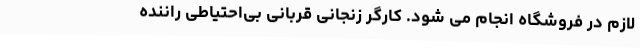
لازم در فروشگاه انجام می شود. کارگر زنجانی قربانی بی‌احتیاطی راننده